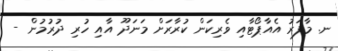
ނ. މާފަރު އެއާޕޯޓާއި ވެރިކަން ކުރާރަށް މަނަދޫ އާއި ހުރި ދުރުމުން -